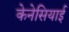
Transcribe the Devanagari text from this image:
केनेसियाई